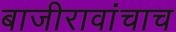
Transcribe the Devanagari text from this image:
बाजीरावांचाच